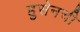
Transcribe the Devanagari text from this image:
हुसेनची